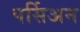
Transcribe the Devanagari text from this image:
पर्सिअन